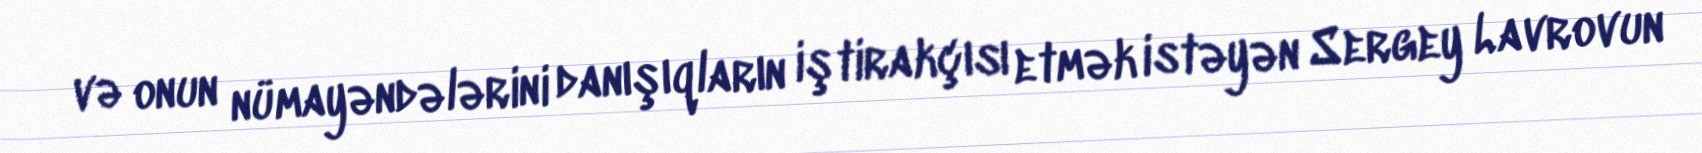
və onun nümayəndələrini danışıqların iştirakçısı etmək istəyən Sergey Lavrovun